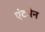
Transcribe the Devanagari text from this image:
एंटमेन